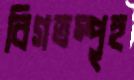
বিগতস্পৃহ